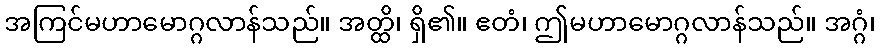
အကြင်မဟာမောဂ္ဂလာန်သည်။ အတ္ထိ၊ ရှိ၏။ ဧတံ၊ ဤမဟာမောဂ္ဂလာန်သည်။ အဂ္ဂံ၊